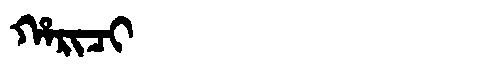
Manchu: ᡥᠠᡵᡳᠴᡳ
Romanization: HARICI